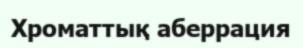
Хроматтық аберрация